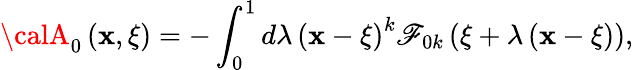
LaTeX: {\calA}_{0}\left({\mathbf{x},\xi}\right)=-\int_{0}^{1}{d\lambda\left({\mathbf{x}-\xi}\right)}^{k}\mathscr{F}_{0k}\left({\xi+\lambda\left({\mathbf{x}-\xi}\right)}\right),